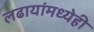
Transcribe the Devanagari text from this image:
लढायांमध्येही